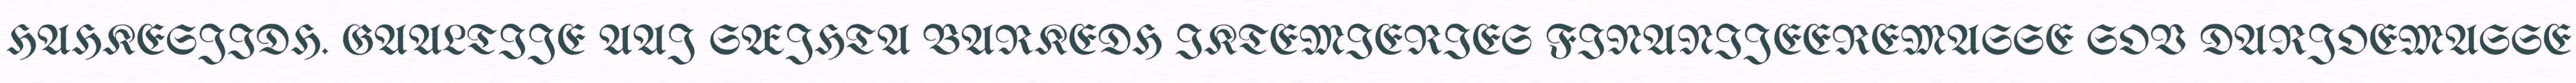
HAHKESJIDH. GAALTIJE AAJ SÆJHTA BARKEDH IKTEMIERIES FINANIJEEREMASSE SOV DARJOEMASSE